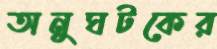
অনুঘটকের